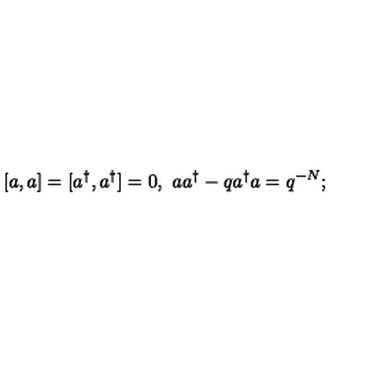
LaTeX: [ a , a ] = [ a ^ { \dag } , a ^ { \dag } ] = 0 , \ a a ^ { \dag } - q a ^ { \dag } a = q ^ { - N } ;